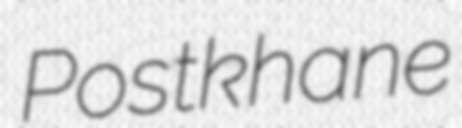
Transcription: Postkhane